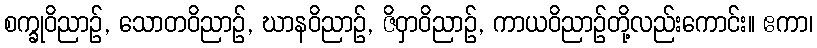
စက္ခုဝိညာဉ်, သောတဝိညာဉ်, ဃာနဝိညာဉ်, ဇိဝှာဝိညာဉ်, ကာယဝိညာဉ်တို့လည်းကောင်း။ ဧကာ၊